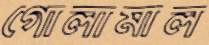
গোলামাল